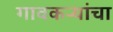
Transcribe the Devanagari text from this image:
गावकऱ्यांचा